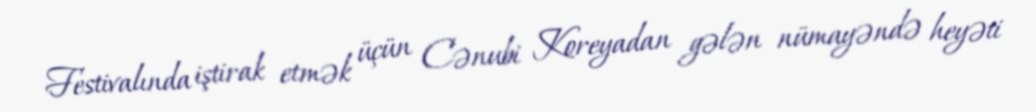
Festivalında iştirak etmək üçün Cənubi Koreyadan gələn nümayəndə heyəti